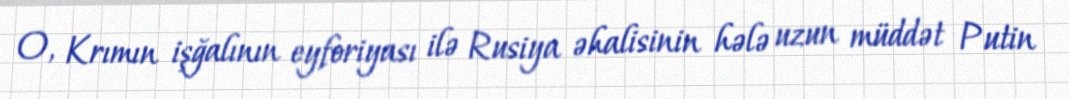
O, Krımın işğalının eyforiyası ilə Rusiya əhalisinin hələ uzun müddət Putin